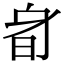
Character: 𣅞